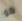
هو